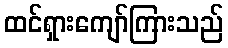
ထင်ရှားကျော်ကြားသည်